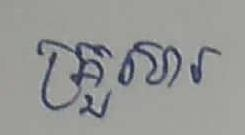
គ្រួសារ